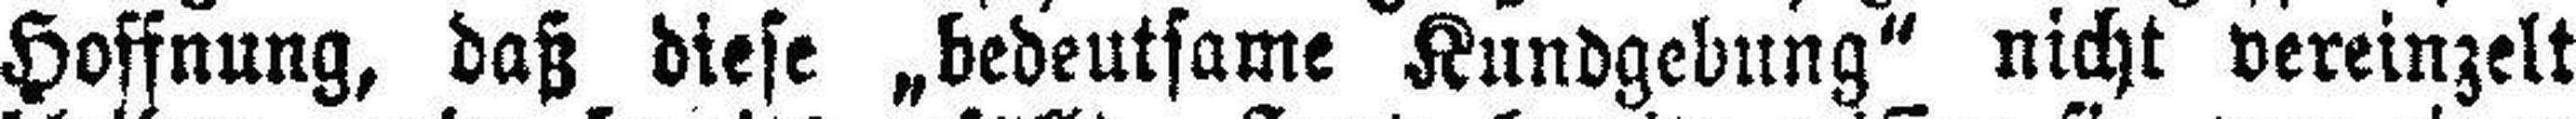
Hoffnung, daß diese „bedeutsame Kundgebung“ nicht vereinzelt